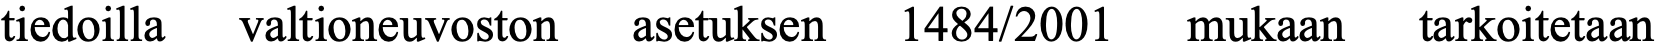
tiedoilla valtioneuvoston asetuksen 1484/2001 mukaan tarkoitetaan